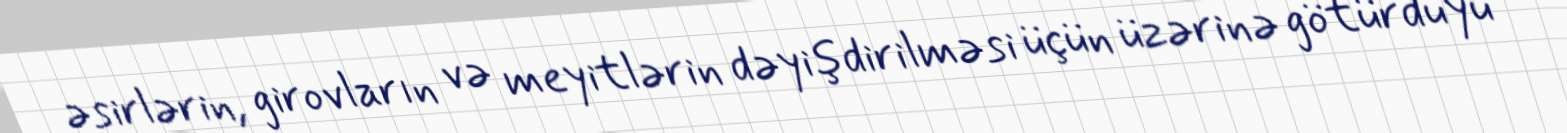
əsirlərin, girovların və meyitlərin dəyişdirilməsi üçün üzərinə götürdüyü